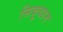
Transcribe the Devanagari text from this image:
सिबुयान